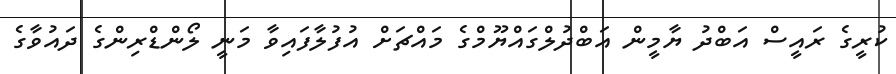
ކުރީގެ ރައީސް އަބްދު ޔާމީން އަބްދުލްގައްޔޫމްގެ މައްޗަށް އުފުލާފައިވާ މަނީ ލޯންޑްރިންގެ ދައުވާގެ